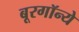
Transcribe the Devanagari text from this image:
बूरगॉन्ये